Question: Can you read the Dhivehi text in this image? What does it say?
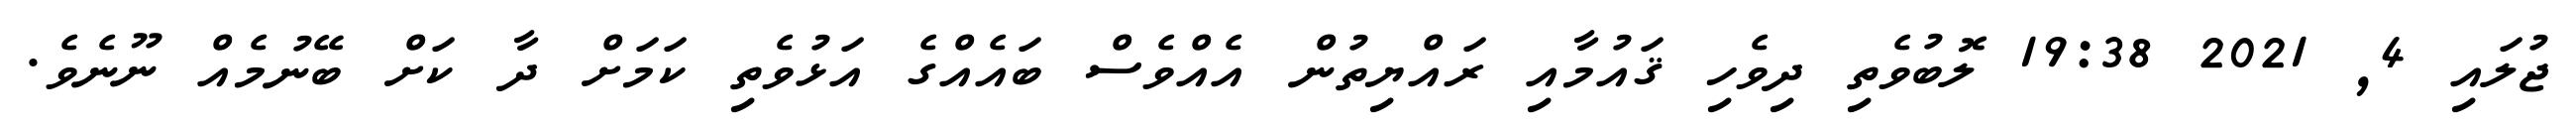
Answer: ޖުލައި 4, 2021 19:38 ލޮބުވެތި ދިވެހި ޤައުމާއި ރައްޔިތުން އެއްވެސް ބައެއްގެ އަޅުވެތި ކަމަށް ދާ ކަށް ބޭނުމެއް ނޫނެވެ.